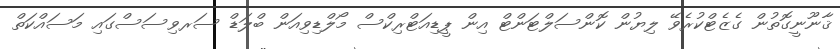
ޤާނޫނީގޮތުން ގެޒެޓްކުރެވޭ ލިޔުން ކޮންސަލްޓަންޓް އިން ޕީޑިއަޓްރިކްސް މޯލްޑިވިއަން ބްލަޑް ސަރވިސަސްގައި މަސައްކަތް